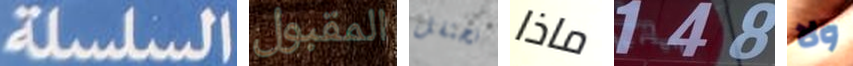
السلسلة المقبول نحتفل ماذا 148 ولا